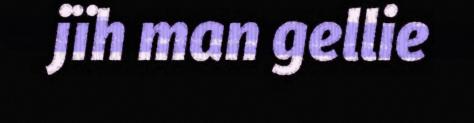
jïh man gellie